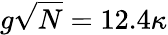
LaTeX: g\sqrt{N}=12.4\kappa